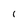
Character: i